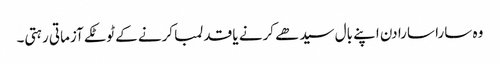
وہ سارا سارا دن اپنے بال سیدھے کرنے یا قد لمبا کرنے کے ٹوٹکے آزماتی رہتی۔